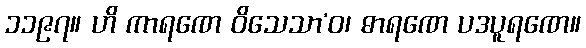
၁၁၉၇။ ဟိ ကာရဏေ ဝိသေသာ’ဝ၊ ဓာရဏေ ပဒပူရဏေ။